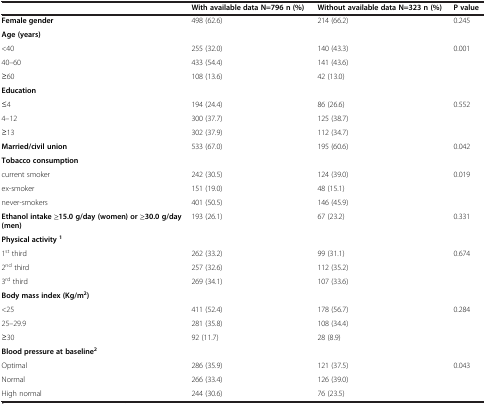
<table><thead><tr><td><b> </b></td><td><b>With available data N=796 n (%)</b></td><td><b>Without available data N=323 n (%)</b></td><td><b>P value</b></td></tr></thead><tbody><tr><td><b>Female gender</b></td><td>498 (62.6)</td><td>214 (66.2)</td><td>0.245</td></tr><tr><td><b>Age (years)</b></td><td> </td><td> </td><td> </td></tr><tr><td>&lt;40</td><td>255 (32.0)</td><td>140 (43.3)</td><td>0.001</td></tr><tr><td>40–60</td><td>433 (54.4)</td><td>141 (43.6)</td><td> </td></tr><tr><td>≥60</td><td>108 (13.6)</td><td>42 (13.0)</td><td> </td></tr><tr><td><b>Education</b></td><td> </td><td> </td><td> </td></tr><tr><td>≤4</td><td>194 (24.4)</td><td>86 (26.6)</td><td>0.552</td></tr><tr><td>4–12</td><td>300 (37.7)</td><td>125 (38.7)</td><td> </td></tr><tr><td>≥13</td><td>302 (37.9)</td><td>112 (34.7)</td><td> </td></tr><tr><td><b>Married/civil union</b></td><td>533 (67.0)</td><td>195 (60.6)</td><td>0.042</td></tr><tr><td><b>Tobacco consumption</b></td><td> </td><td> </td><td> </td></tr><tr><td>current smoker</td><td>242 (30.5)</td><td>124 (39.0)</td><td>0.019</td></tr><tr><td>ex-smoker</td><td>151 (19.0)</td><td>48 (15.1)</td><td> </td></tr><tr><td>never-smokers</td><td>401 (50.5)</td><td>146 (45.9)</td><td> </td></tr><tr><td><b>Ethanol intake ≥15.0 g/day (women) or ≥30.0 g/day (men)</b></td><td>193 (26.1)</td><td>67 (23.2)</td><td>0.331</td></tr><tr><td><b>Physical activity</b><sup><b>1</b></sup></td><td> </td><td> </td><td> </td></tr><tr><td>1<sup>st</sup> third</td><td>262 (33.2)</td><td>99 (31.1)</td><td>0.674</td></tr><tr><td>2<sup>nd</sup> third</td><td>257 (32.6)</td><td>112 (35.2)</td><td> </td></tr><tr><td>3<sup>rd</sup> third</td><td>269 (34.1)</td><td>107 (33.6)</td><td> </td></tr><tr><td><b>Body mass index (Kg/m</b><sup><b>2</b></sup><b>)</b></td><td> </td><td> </td><td> </td></tr><tr><td>&lt;25</td><td>411 (52.4)</td><td>178 (56.7)</td><td>0.284</td></tr><tr><td>25–29.9</td><td>281 (35.8)</td><td>108 (34.4)</td><td> </td></tr><tr><td>≥30</td><td>92 (11.7)</td><td>28 (8.9)</td><td> </td></tr><tr><td><b>Blood pressure at baseline</b><sup><b>2</b></sup></td><td> </td><td> </td><td> </td></tr><tr><td>Optimal</td><td>286 (35.9)</td><td>121 (37.5)</td><td>0.043</td></tr><tr><td>Normal</td><td>266 (33.4)</td><td>126 (39.0)</td><td> </td></tr><tr><td>High normal</td><td>244 (30.6)</td><td>76 (23.5)</td><td> </td></tr></tbody></table>